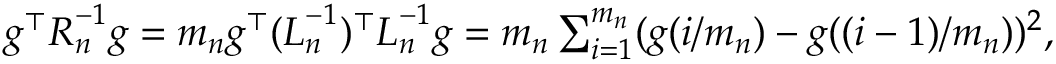
\begin{array} { r } { \boldsymbol { g } ^ { \top } \boldsymbol { R } _ { n } ^ { - 1 } \boldsymbol { g } = m _ { n } \boldsymbol { g } ^ { \top } ( \boldsymbol { L } _ { n } ^ { - 1 } ) ^ { \top } \boldsymbol { L } _ { n } ^ { - 1 } \boldsymbol { g } = m _ { n } \sum _ { i = 1 } ^ { m _ { n } } ( g ( i / m _ { n } ) - g ( ( i - 1 ) / m _ { n } ) ) ^ { 2 } , } \end{array}